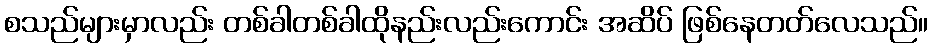
စသည်များမှာလည်း တစ်ခါတစ်ခါထိုနည်းလည်းကောင်း အဆိပ် ဖြစ်နေတတ်လေသည်။